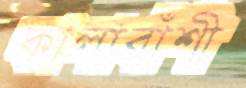
কালাবাঁশী